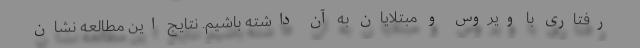
رفتاری با ویروس و مبتلایان به آن داشته باشیم. نتایج این مطالعه نشان